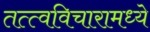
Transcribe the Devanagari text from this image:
तत्त्वविचारामध्ये